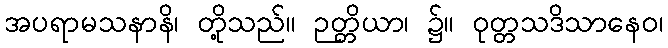
အပရာမသနာနိ၊ တို့သည်။ ဉတ္တိယာ၊ ၌။ ဝုတ္တသဒိသာနေဝ၊